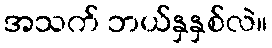
အသက် ဘယ်နှနှစ်လဲ။